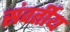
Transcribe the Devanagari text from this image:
संवर्तीय